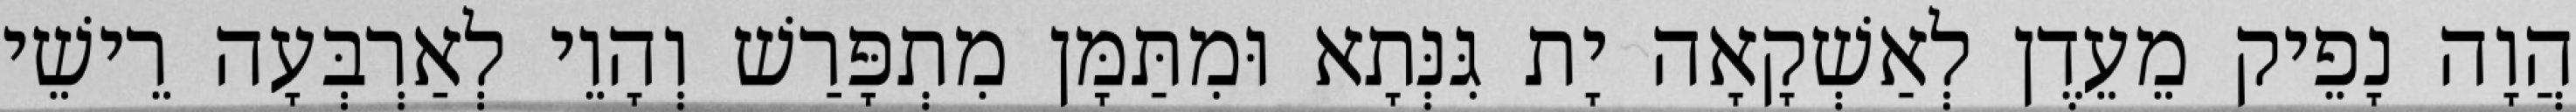
הֲוָה נָפֵיק מֵעֵדֶן לְאַשְׁקָאָה יָת גִּנְּתָא וּמִתַּמָּן מִתְפָּרַשׁ וְהָוֵי לְאַרְבְּעָה רֵישֵׁי